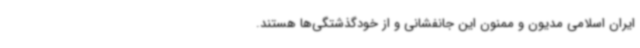
ایران اسلامی مدیون و ممنون این جانفشانی و از خودگذشتگی‌ها هستند.